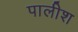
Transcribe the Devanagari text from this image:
पालीश